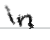
Text: in
Cross-out: clean
Writing tool: digital_black